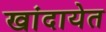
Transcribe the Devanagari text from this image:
खांदायेत